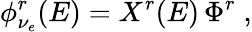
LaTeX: \phi_{\nu_{e}}^{r}(E)=X^{r}(E)\, \Phi^{r}\; ,